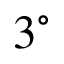
3 ^ { \circ }